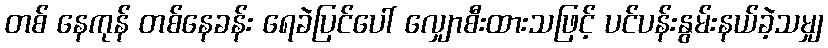
တစ် နေကုန် တစ်နေခန်း ရေခဲပြင်ပေါ် လျှောစီးထားသဖြင့် ပင်ပန်းနွမ်းနယ်ခဲ့သမျှ